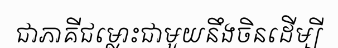
ជាភាគីជម្លោះជាមួយនឹងចិនដើម្បី